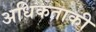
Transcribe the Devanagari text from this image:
अधिकताकी